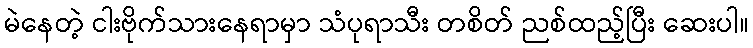
မဲနေတဲ့ ငါးဗိုက်သားနေရာမှာ သံပုရာသီး တစိတ် ညစ်ထည့်ပြီး ဆေးပါ။